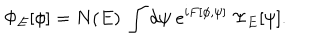
\Phi _ { E } [ \phi ] = N ( E ) ~ \int d \psi ~ e ^ { i F [ \phi , \psi ] } ~ \Psi _ { E } [ \psi ] .